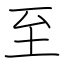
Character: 至